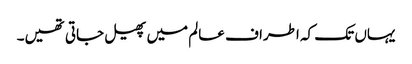
یہاں تک کہ اطراف عالم میں پھیل جاتی تھیں۔